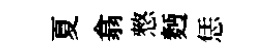
夏翕憗麪恁